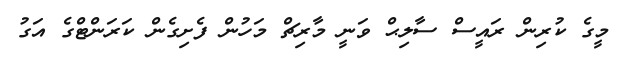
މީގެ ކުރިން ރައީސް ސާލިޙް ވަނީ މާރިޗް މަހުން ފެށިގެން ކަރަންްޓްގެ އަގު